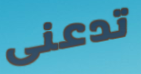
تدعنى